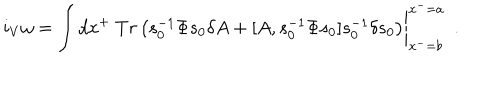
LaTeX: i _ { V } \omega = \left. \int d x ^ { + } ~ T r \left( s _ { 0 } ^ { - 1 } \Phi s _ { 0 } \delta A + [ A , s _ { 0 } ^ { - 1 } \Phi s _ { 0 } ] s _ { 0 } ^ { - 1 } \delta s _ { 0 } \right) \right\vert _ { x ^ { - } = b } ^ { x ^ { - } = a } ~ ~ .